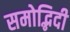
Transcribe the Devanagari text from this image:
समोद्भिदी